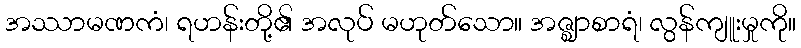
အဿာမဏကံ၊ ရဟန်းတို့၏ အလုပ် မဟုတ်သော။ အဇ္ဈာစာရံ၊ လွန်ကျူးမှုကို။